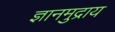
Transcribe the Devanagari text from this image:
ज्ञानमुद्राय